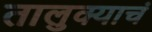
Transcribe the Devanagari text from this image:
तालुक्याचं